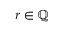
r \in \mathbb { Q }